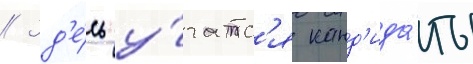
// Зд'е́сь у́чатс'я канд'ида́ты